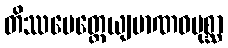
တိဿမေတ္တေယျမာဏဝပုစ္ဆာ